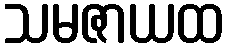
သမဇာယထ